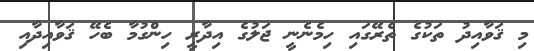
މި ޤަވާއިދު ތަކުގެ ތެރޭގައި ހިމެނެނީ ޖަލުގެ އިދާރީ ހިންގުމާ ބެހޭ ޤަވާއިދާއި